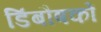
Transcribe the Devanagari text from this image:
डिंबौषकों